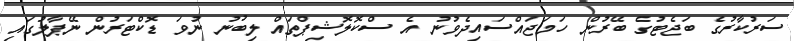
ސަރުކާރުގެ ބަޖެޓުގެ ބޭރުން ހަމަޖައްސައިދެވުނު އެ ސްކޮލޮޝިޕްތައް ލިބުނު ނުވަ ޑޮކްޓަރުން ނޭޕާލުގައި